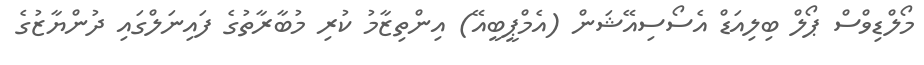
މޯލްޑިވްސް ޕޯލް ބިލިއަޑް އެސޯސިއޭޝަން (އެމްޕީބީއޭ) އިންތިޒާމު ކުރި މުބާރާތުގެ ފައިނަލްގައި ދުންޔާޒުގެ